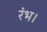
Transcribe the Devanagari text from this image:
रंभ।